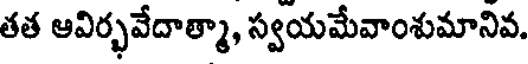
తత ఆవిర్భవేదాత్మా, స్వయమేవాంశుమానివ.